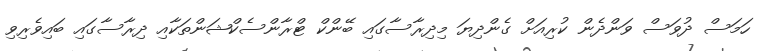
ހަމަސް ދުވަސް ވަންދެން ކުރިއަށް ގެންދިޔަ މިދިރާސާގައި ބޭންކް ޓްރާންސެކްޝަންތަކާއި ދިރާސާގައި ބައިވެރިވި